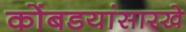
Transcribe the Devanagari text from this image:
कोंबडयांसारखे